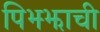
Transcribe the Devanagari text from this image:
पिझ्झाची